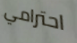
احترامي